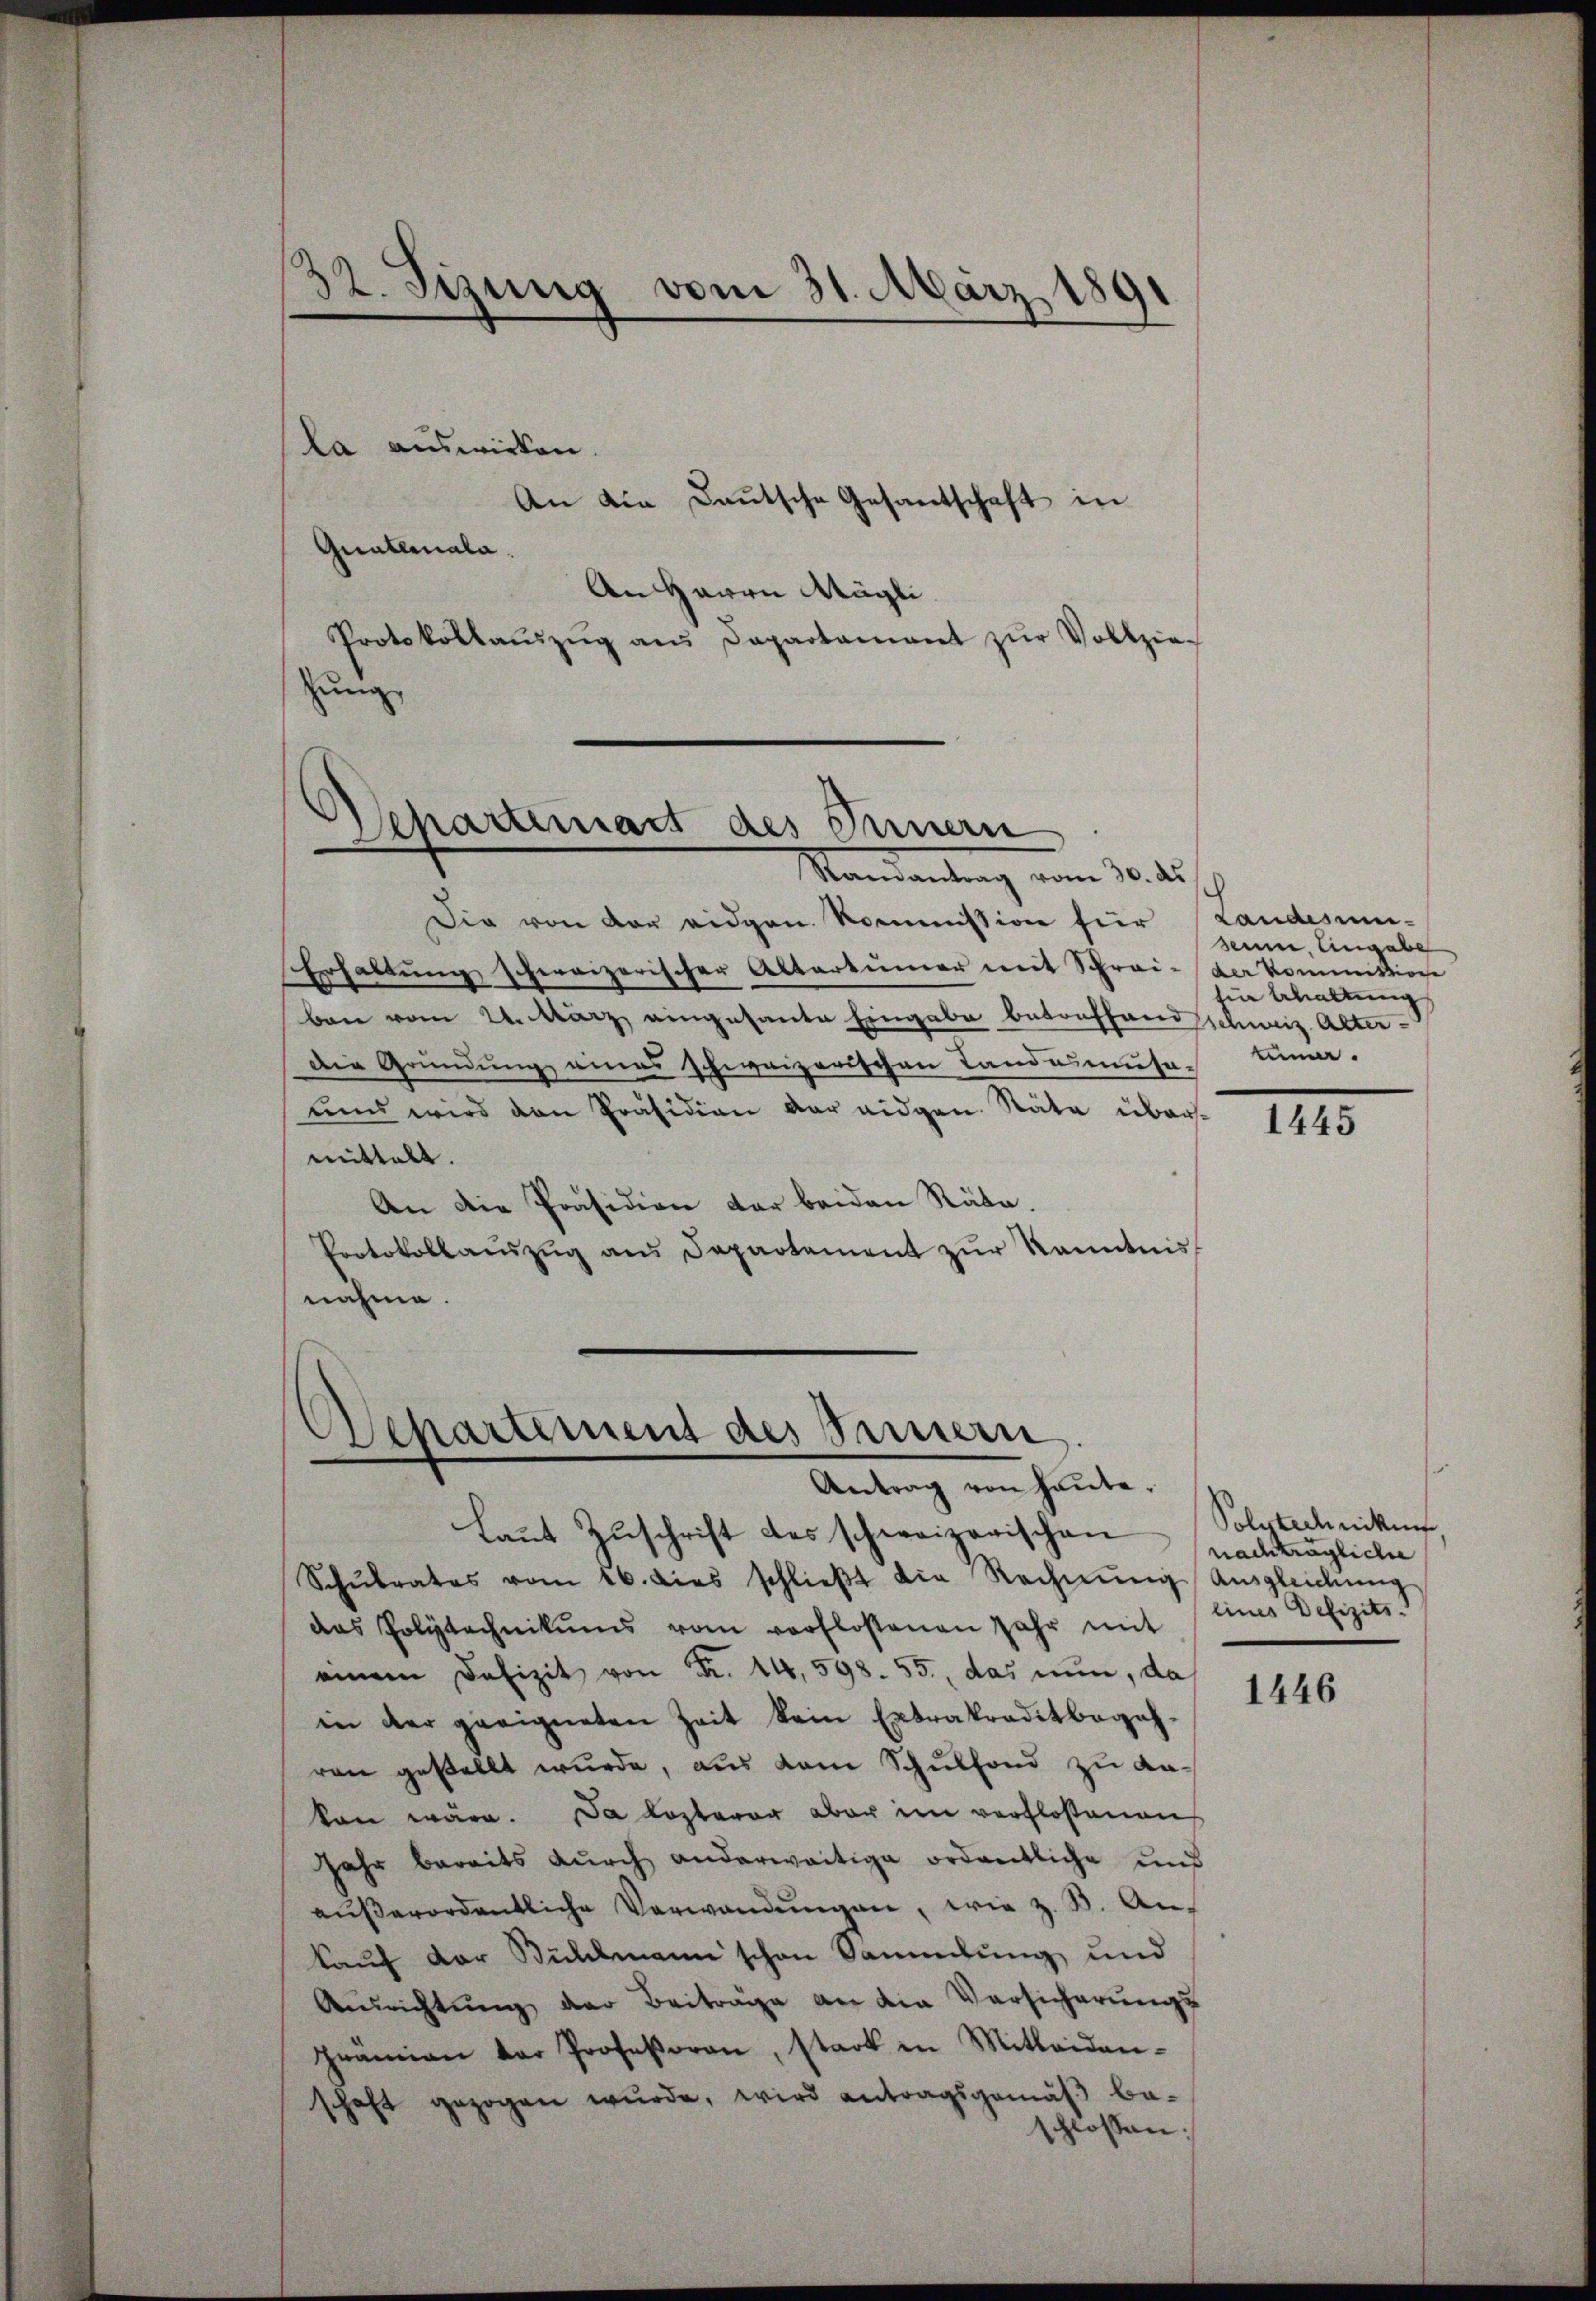
32. Sizung vom 31. März 1891

la auswirken.
An die Daŭtsche Gesantschaft in
Quatlenala.
An Herrn Mögli
Protokollaŭzŭg ans Departament zŭr Vollzie-
junge

Separtiniart des Innern
Mandantung vom 10. d.

Die von der eidgen. Kommission für Landesum-
Erhaltung schweizerischer Altertümer mit Schrei- der Kommißione
ben vom 24. März eingesante Eingabe betonffandsschweiz. Alter¬
Die Gründung eines schweizerischen Landasmuse-Einna.
und wird den Präsidion der eidgen. Räte übermittelt.
An die Präsidion der beiden Räte.
Protokollaŭszŭg ans Departement zŭr Kenntnis
nahme.

.
Departement des Sinnern
Antrag von heute.

Laŭt Zŭschrift des schweizerischen
Schŭlrates vom 16. dies schlieβt die Rechnŭng Ausgleichung
das Polytechnikums vom verflossenen Jahr mit
einem Defizit von Fr. 14, 598. 55., das nun, da
in der geeigneten Zeit kein Extrakraditbegehren gestellt wŭrde, aus dem Schŭlfond zu an-
kon wäre. Da lezterer aber im verfloßenen
Jahr bereits dŭrch anderweitige ordentliche und
aŭβerordentliche Verwandŭngen, wie z. B. An-
kauf der Bühlmann schon Sammlung und
Ausrichtung der Beiträge an die Versicherung
prämien der Professoren, stark in Mitleiden-
schaft gezogen wŭrde, wird antragsgemäβ be-
schlossen:

seum, Eingabe
tin haltung

1445

Polytechniken
nachträgliche
eines Defizits.

1446